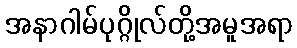
အနာဂါမ်ပုဂ္ဂိုလ်တို့အမူအရာ